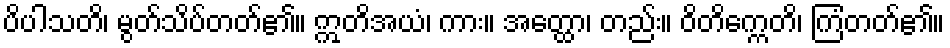
ပိပါသတိ၊ မွတ်သိပ်တတ်၏။ ဣတိအယံ၊ ကား။ အတ္ထော၊ တည်း။ ဝိတိက္ကေတိ၊ ကြံတတ်၏။